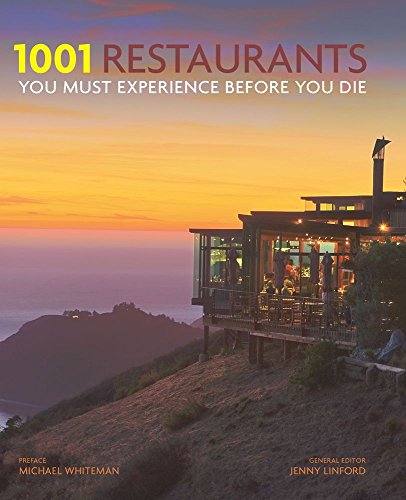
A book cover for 1001 Restaurants You Must Experience Before You Die; Travel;